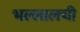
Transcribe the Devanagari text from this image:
भल्लालची